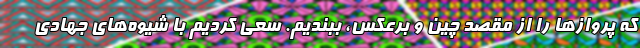
که پروازها را از مقصد چین و برعکس، ببندیم. سعی کردیم با شیوه‌های جهادی